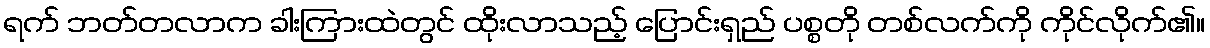
ရက် ဘတ်တလာက ခါးကြားထဲတွင် ထိုးလာသည့် ပြောင်းရှည် ပစ္စတို တစ်လက်ကို ကိုင်လိုက်၏။